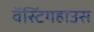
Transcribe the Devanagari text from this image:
वॅस्टिंगहाउस